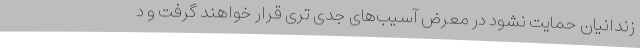
زندانیان حمایت نشود در معرض آسیب‌های جدی تری قرار خواهند گرفت و د